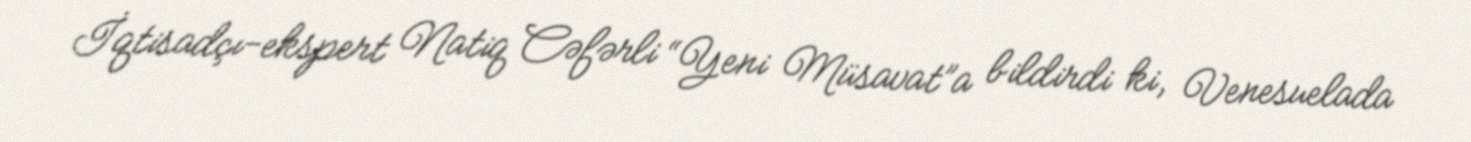
İqtisadçı-ekspert Natiq Cəfərli “Yeni Müsavat”a bildirdi ki, Venesuelada